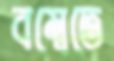
বম্বেতে